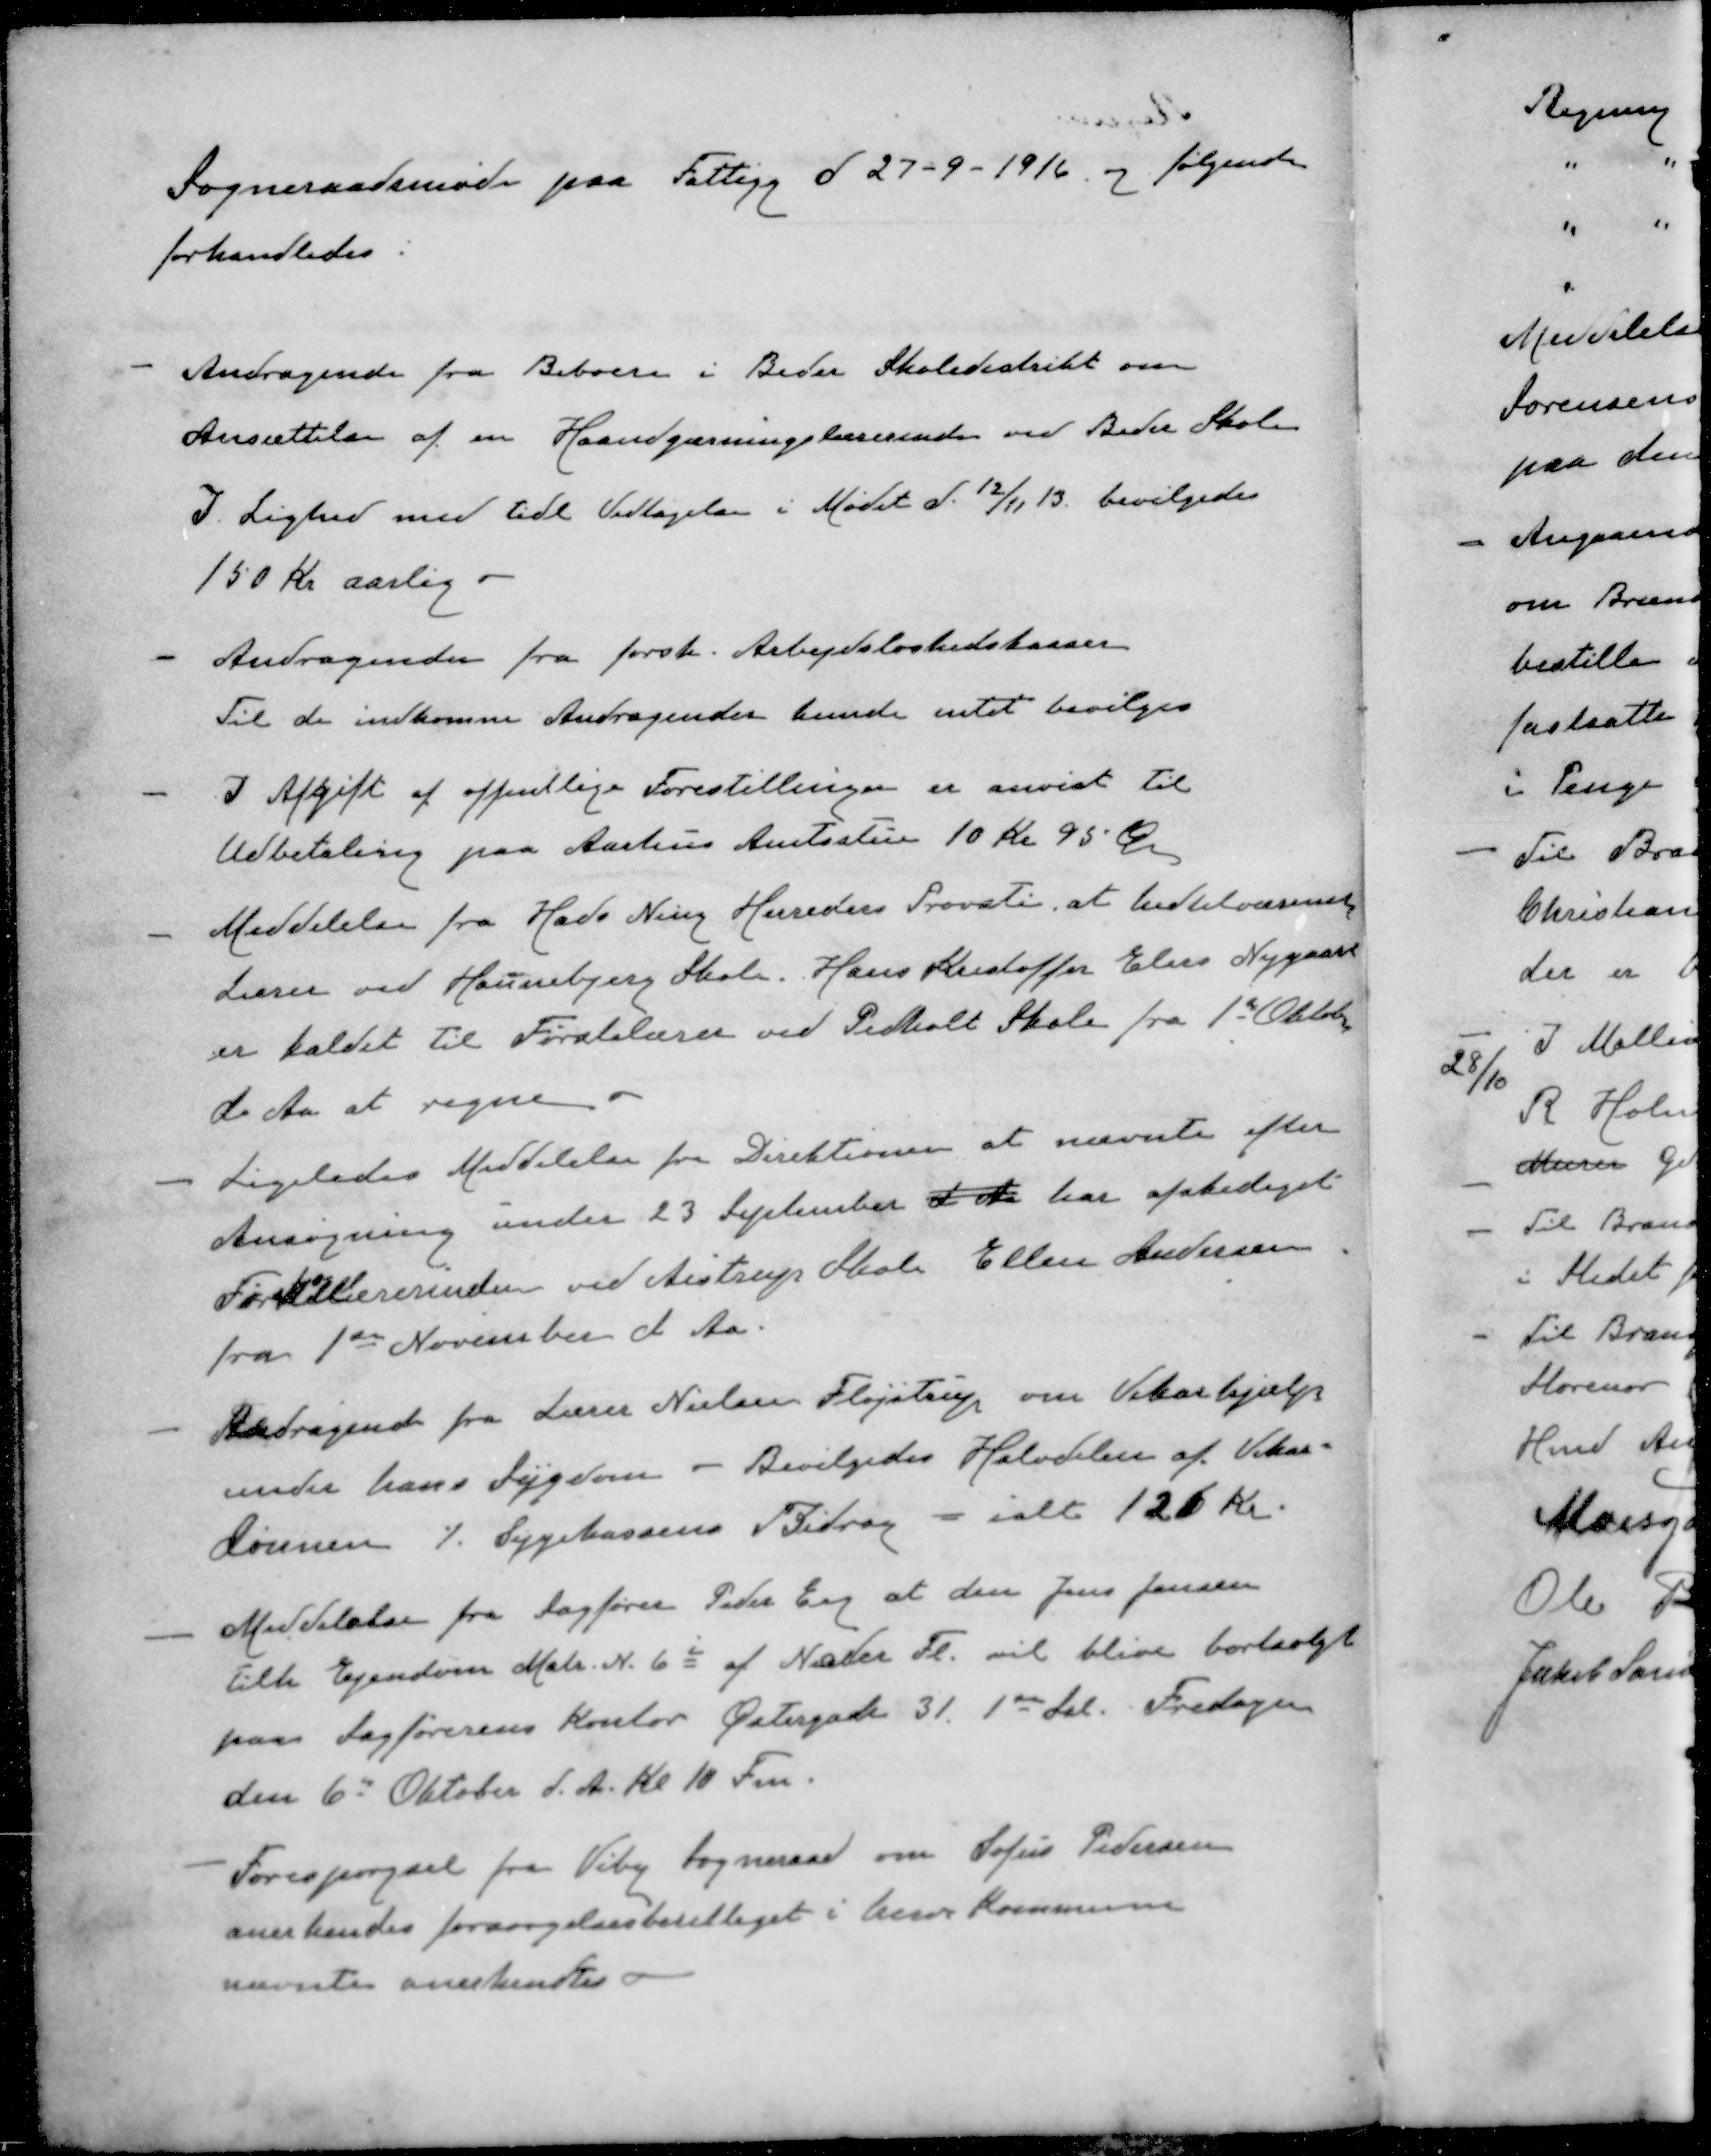
Transskription:
Sogneraadsmøde paa Fattigg d 27 - 9 - 1916 og følgende
forhandledes
- Andragende fra Beboere i Beder Skoledistrikt om
Ansættelse af en Haandgærningslærerende ved Beder Skole
I. Lighed med tidl Vedtagelse i Mødet d. 12/11 13. bevilgedes
150 Kr aarlig.
- Andragende fra forsk. Arbejdsløshedskasser
Til de indkomne Andragender kunde intet bevilges
- I Afgift af offentlige Forestillingen er anvist til
Udbetaling paa Aarhus Amtsstue 10 Kr 95 Øre
- Meddelelse fra Hads Ning Herreders Provsti, at hidtil værende
Lærer ved Haunsbjerg Skole. Hans Kristoffer Elev Nygaard
er kaldet til Førstelærer ved Pedholt Skole fra 1st Oktober
d Aa at regne
- Ligeledes Meddelelse fra Direktionen at nævnte efter
Ansøgning under 23 September d Aa har afskediget
Førstelærerinden ved Aistrup Skole Ellen Andersen
fra 1ste November d. Aa.
- Andragende fra Lærer Nielsen Fløjstrup om Vikarhjælp
under hans Sygdom - Bevilgedes Halvdelen af Vikar-
Lønnen ⁒ Sygekassens Bidrag - ialt 126 Kr.
- Meddelelse fra Sagfører Peder Eng at den Jens Jensen
tilh Ejendom Matr. N. 6i af Neder Fl. vil blive bortsolgt
paa Sagførerens Kontor Østergade 31. 1ste Sal. Fredagen
den 6 Oktober d. A. Kl 10 Fm.
- Forespørgsel fra Viby Sogneraad om Sofus Pedersen
anerkendes forsørgelsesberettiget i herv Kommune
nævnte anerkendtes